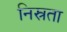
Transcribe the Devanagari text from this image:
निस्रता